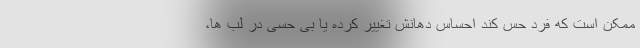
ممکن است که فرد حس کند احساس دهانش تغییر کرده یا بی حسی در لب ها،